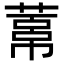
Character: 𦻋